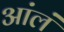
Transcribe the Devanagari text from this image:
आंलं